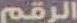
الرقم